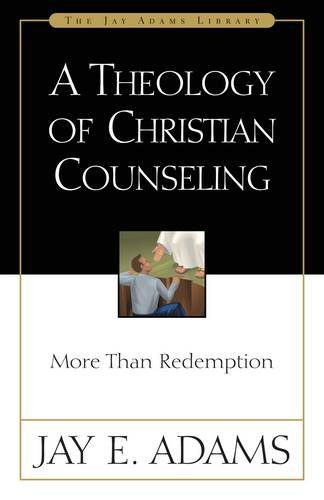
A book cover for Theology of Christian Counseling, A; Jay E. Adams; Christian Books & Bibles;